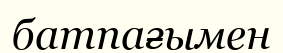
батпағымен